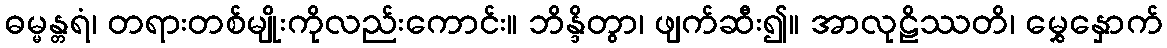
ဓမ္မန္တရံ၊ တရားတစ်မျိုးကိုလည်းကောင်း။ ဘိန္ဒိတွာ၊ ဖျက်ဆီး၍။ အာလုဠိဿတိ၊ မွှေနှောက်